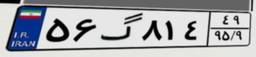
۵۶گ۸۱۴۴۹